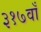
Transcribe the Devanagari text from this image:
३१७वाँ